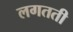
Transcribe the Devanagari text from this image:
लगतती